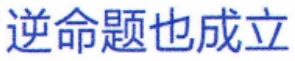
逆命题也成立